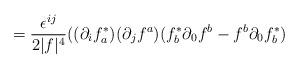
LaTeX: \begin{align*}= \frac{\epsilon^{ij}}{2|f|^4} ((\partial_i f^{*}_{a})(\partial_j f^a ) (f^{*}_{b} \partial_0 f^b - f^b \partial_0 f^{*}_b )\end{align*}